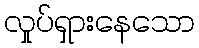
လှုပ်ရှားနေသော